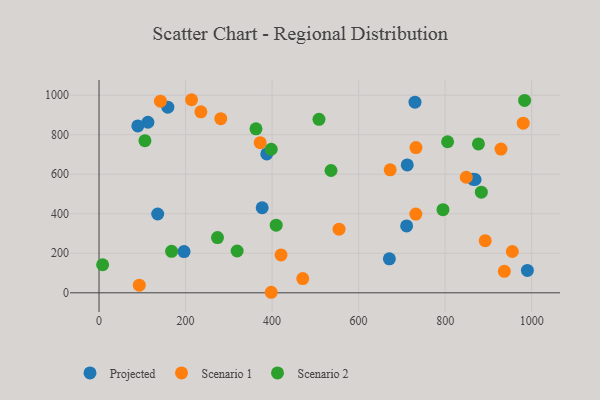
{"axis": {"x": "Price", "y": "Demand"}, "legend": ["Projected", "Scenario 1", "Scenario 2"], "data": [{"x": "869.2", "y": 573.2, "type": "Projected"}, {"x": "671.1", "y": 171.8, "type": "Projected"}, {"x": "712.4", "y": 647.2, "type": "Projected"}, {"x": "864.9", "y": 574.0, "type": "Projected"}, {"x": "135.6", "y": 398.8, "type": "Projected"}, {"x": "159.0", "y": 939.0, "type": "Projected"}, {"x": "196.5", "y": 208.6, "type": "Projected"}, {"x": "711.0", "y": 338.4, "type": "Projected"}, {"x": "990.1", "y": 113.4, "type": "Projected"}, {"x": "89.7", "y": 844.1, "type": "Projected"}, {"x": "387.7", "y": 702.6, "type": "Projected"}, {"x": "377.1", "y": 430.4, "type": "Projected"}, {"x": "730.3", "y": 964.6, "type": "Projected"}, {"x": "113.0", "y": 862.9, "type": "Projected"}, {"x": "980.5", "y": 858.4, "type": "Scenario 1"}, {"x": "398.0", "y": 2.7, "type": "Scenario 1"}, {"x": "554.8", "y": 321.9, "type": "Scenario 1"}, {"x": "732.6", "y": 734.9, "type": "Scenario 1"}, {"x": "936.9", "y": 108.9, "type": "Scenario 1"}, {"x": "892.6", "y": 263.7, "type": "Scenario 1"}, {"x": "470.9", "y": 72.2, "type": "Scenario 1"}, {"x": "929.1", "y": 727.3, "type": "Scenario 1"}, {"x": "372.5", "y": 759.4, "type": "Scenario 1"}, {"x": "673.0", "y": 622.1, "type": "Scenario 1"}, {"x": "141.9", "y": 969.5, "type": "Scenario 1"}, {"x": "848.8", "y": 584.6, "type": "Scenario 1"}, {"x": "732.3", "y": 398.5, "type": "Scenario 1"}, {"x": "93.1", "y": 38.4, "type": "Scenario 1"}, {"x": "213.9", "y": 976.9, "type": "Scenario 1"}, {"x": "420.7", "y": 191.7, "type": "Scenario 1"}, {"x": "235.4", "y": 915.5, "type": "Scenario 1"}, {"x": "281.4", "y": 881.2, "type": "Scenario 1"}, {"x": "955.3", "y": 209.1, "type": "Scenario 1"}, {"x": "273.8", "y": 279.2, "type": "Scenario 2"}, {"x": "398.0", "y": 726.3, "type": "Scenario 2"}, {"x": "983.7", "y": 973.6, "type": "Scenario 2"}, {"x": "795.0", "y": 420.8, "type": "Scenario 2"}, {"x": "8.3", "y": 142.0, "type": "Scenario 2"}, {"x": "167.7", "y": 209.7, "type": "Scenario 2"}, {"x": "805.7", "y": 764.4, "type": "Scenario 2"}, {"x": "319.2", "y": 211.5, "type": "Scenario 2"}, {"x": "508.4", "y": 877.9, "type": "Scenario 2"}, {"x": "409.5", "y": 342.2, "type": "Scenario 2"}, {"x": "106.1", "y": 769.7, "type": "Scenario 2"}, {"x": "877.0", "y": 753.4, "type": "Scenario 2"}, {"x": "362.8", "y": 829.7, "type": "Scenario 2"}, {"x": "536.2", "y": 618.8, "type": "Scenario 2"}, {"x": "883.7", "y": 509.4, "type": "Scenario 2"}]}